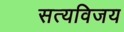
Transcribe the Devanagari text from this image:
सत्यविजय